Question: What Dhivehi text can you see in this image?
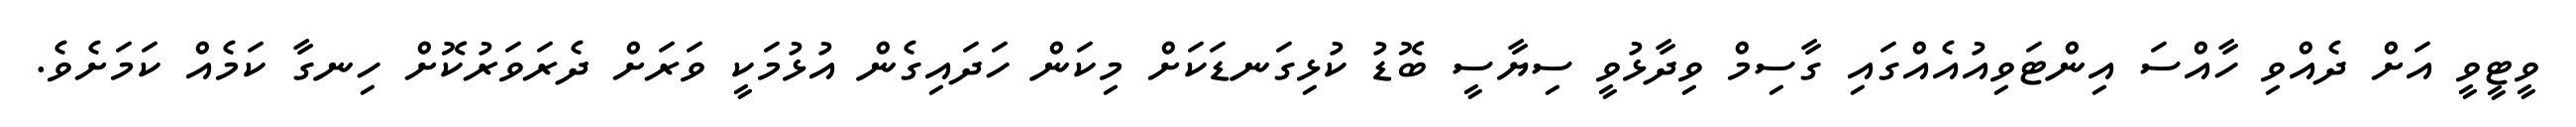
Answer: ވީޓީވީ އަށް ދެއްވި ހާއްސަ އިންޓަވިއުއެއްގައި ގާސިމް ވިދާޅުވީ ސިޔާސީ ބޮޑު ކުޅިގަނޑަކަށް މިކަން ހަދައިގެން އުޅުމަކީ ވަރަށް ދެރަވަރުކޮށް ހިނގާ ކަމެއް ކަމަށެވެ.